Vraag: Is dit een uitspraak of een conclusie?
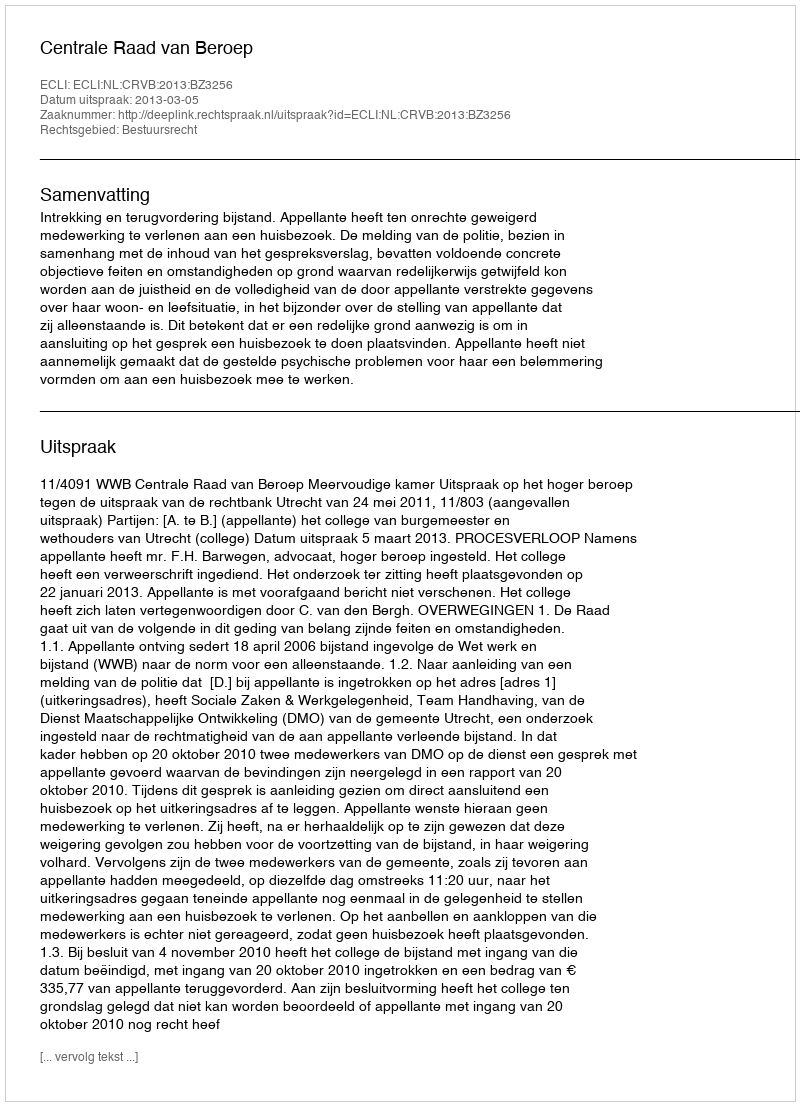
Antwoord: Uitspraak